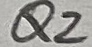
Text: Q2